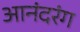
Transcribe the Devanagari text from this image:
आनंदरंग